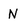
Character: N